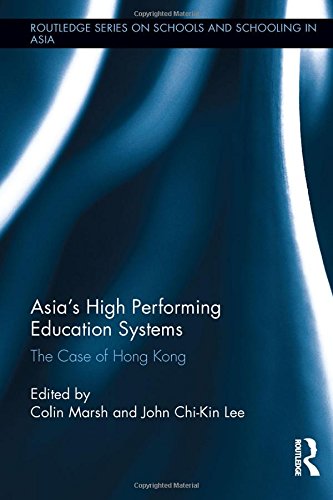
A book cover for Asia's High Performing Education Systems: The Case of Hong Kong (Routledge Series on Schools and Schooling in Asia); History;